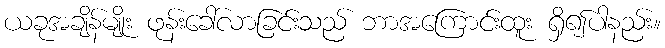
ယခုအချိန်မျိုး ဖုန်းခေါ်လာခြင်းသည် ဘာအကြောင်းထူး ရှိ၍ပါနည်း။